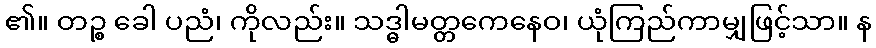
၏။ တဉ္စ ခေါ ပညံ၊ ကိုလည်း။ သဒ္ဓါမတ္တကေနေဝ၊ ယုံကြည်ကာမျှဖြင့်သာ။ န